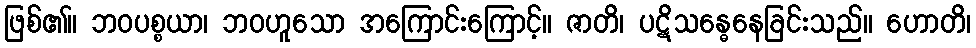
ဖြစ်၏။ ဘဝပစ္စယာ၊ ဘဝဟူသော အကြောင်းကြောင့်။ ဇာတိ၊ ပဋိသန္ဓေနေခြင်းသည်။ ဟောတိ၊